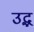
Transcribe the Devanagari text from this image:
उद्भ